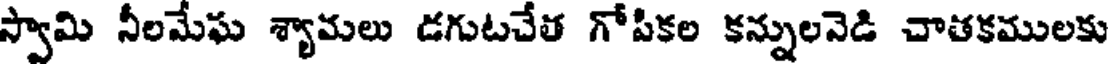
స్వామి నీలమేఘ శ్యామలు డగుటచేత గోపికల కన్నులనెడి చాతకములకు